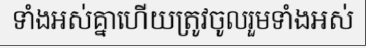
ទាំងអស់គ្នាហើយត្រូវចូលរួមទាំងអស់